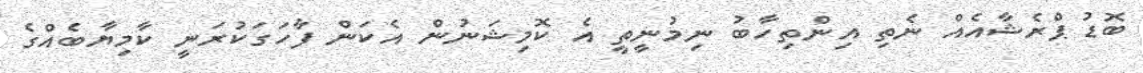
ބޮޑު ޕްރެޝާއެއް ނެތި އިންތިހާބު ނިމުނީތީ އެ ކޮމިޝަނުން އެކަން ފާހަގަކުރަނީ ކާމިޔާބެއްގެ